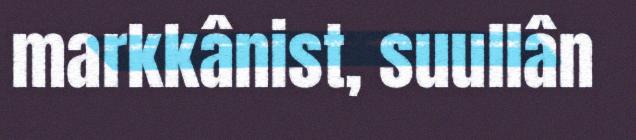
markkânist, suullân